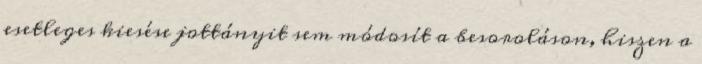
esetleges kiesése jottányit sem módosít a besoroláson, hiszen a